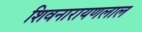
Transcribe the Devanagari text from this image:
शिवनारायणलाल